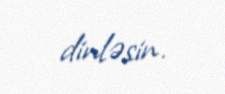
dinləsin.